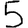
Digit: 5